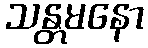
သန္တမနော